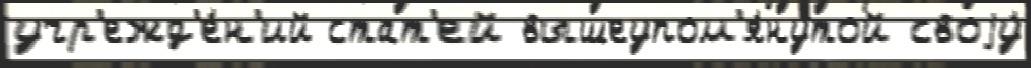
учр'ежд'е́н'ий стат'ей вышеупом'я́нутой своjу́